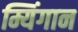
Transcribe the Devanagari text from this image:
म्यिंगान